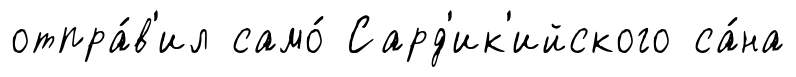
отпра́в'ил само́ Сард'ик'ийского са́на